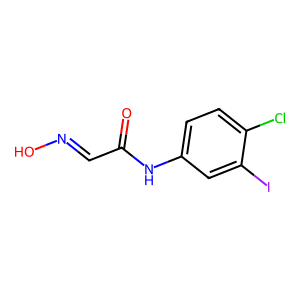
SMILES: O=C(C=NO)Nc1ccc(Cl)c(I)c1
Inhibits HIV replication: No